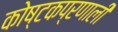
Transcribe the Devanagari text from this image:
कोष्टकप्रणाली